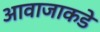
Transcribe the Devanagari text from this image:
आवाजाकडे